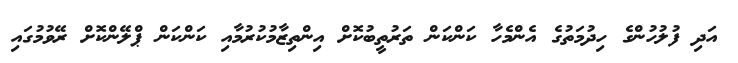
އަދި ފުލުހުންގެ ހިދުމަތުގެ އެންމެހާ ކަންކަން ތަރުތީބުކޮށް އިންތިޒާމުކުރުމާއި ކަންކަން ޕްލޭންކޮށް ރޭވުމުގައި